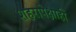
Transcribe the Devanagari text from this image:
शहरापेक्षाही